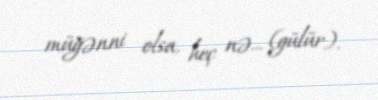
müğənni olsa, heç nə... (gülür).